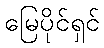
မြေပိုင်ရှင်